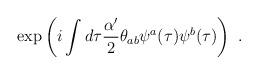
LaTeX: \begin{align*}\exp\left( i\int d\tau \frac{\alpha'}{2}\theta_{ab}\psi^a (\tau)\psi^b(\tau)\right) \ .\end{align*}